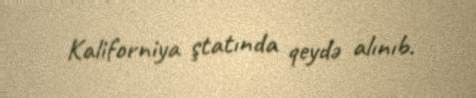
Kaliforniya ştatında qeydə alınıb.